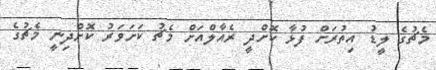
މެޗުގެ ލީޑު އިތުރަށް ފުޅާ ކޮށްދީ ރެއާލްއަށް މެޗު ކަށަވަރު ކޮށްދިނީ މެޗުގެ